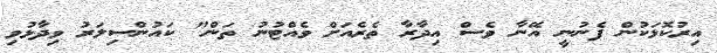
އިރުކޮޅަކުން ފެނުނީ އޭނާ ވެސް އިދާރާ ތެރެއަށް ވެއްޓުނު ތަން" ކައުންސިލަރު ވިދާޅުވި